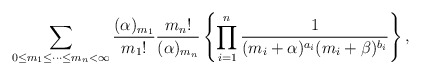
\begin{align*}\sum_{0\le m_1{\le} \cdots{\le}m_{n}<\infty}\frac{(\alpha)_{m_1}}{{m_1}!}\frac{{m_n}!}{(\alpha)_{m_n}}\left\{\prod_{i=1}^{n}\frac{1}{(m_i+\alpha)^{a_i}(m_i+\beta)^{b_i}}\right\},\end{align*}